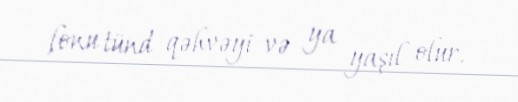
fonu tünd qəhvəyi və ya yaşıl olur.